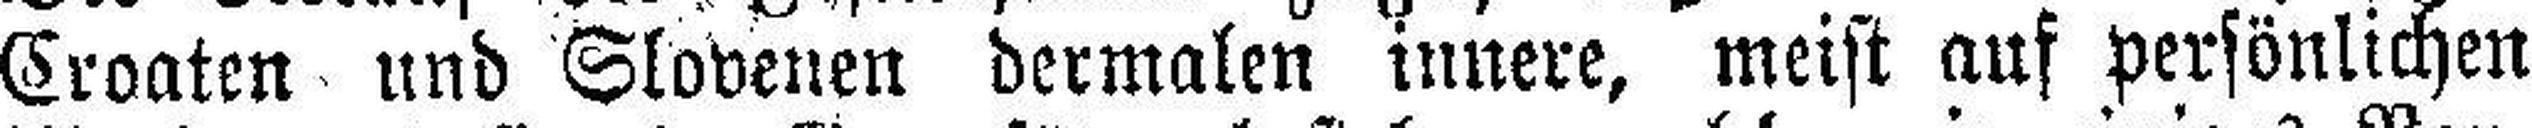
Croaten und Slovenen dermalen innere, meist auf persönlichen